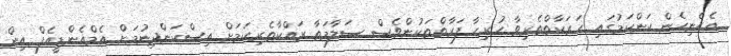
އެހެނިހެން ކަންކަމުގައި ހަރަކާތްތެރިވާ ހުރިހާ ފަރާތްތަކުންވެސް ސަލާމަތާ ރައްކާތެރިކަމަށް އިސްކަންދިނުމަށް އެމްއެންޑީއެފް އިން